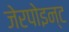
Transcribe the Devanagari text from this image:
जेरपोइन्ट